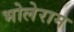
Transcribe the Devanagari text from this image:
भोलेराम